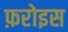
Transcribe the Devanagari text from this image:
फ़रोइस